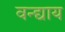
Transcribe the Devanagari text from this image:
वन्द्याय